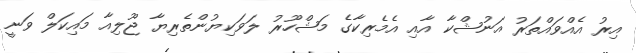
އިރު އެއްވައްތަރު އަނުޝްކާ އާއި އެމެރިކާގެ މަޝްހޫރު ލަވަކިޔުންތެރިޔާ ޖޫލިއާ މައިކަލް ވަނީ